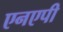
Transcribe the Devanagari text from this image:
एनएपी